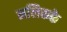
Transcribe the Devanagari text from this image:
मलिकके